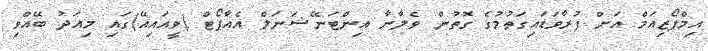
އިމްޕޯޒިއަމް އަށް ފުރާވަޑައިގަތުމުގެ ގޮތުން ވެލާނާ އިންޓަނޭޝަނަލް އެއާޕޯޓް (ވީއައިއޭ)ގައި މިއަދު ބޭއްވި